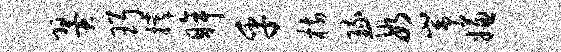
翼珥撑眸乎枋琉段峥嫌